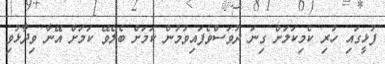
ފުޅީގައި ހުރި ކެމިކަލަށް ގިނަ ދުވަސްވެފައިވުމުން ކަމަށް ބެލެވޭ ކަމަށް އޭނާ ވިދާޅުވި